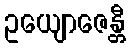
ဥယျောဇေန္တီ